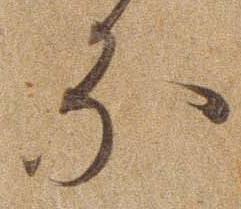
な